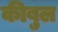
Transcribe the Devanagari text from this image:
कीबुल